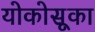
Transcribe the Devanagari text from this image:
योकोसूका